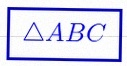
\triangle ABC